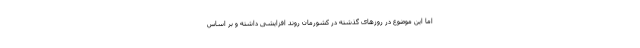
اما این موضوع در روزهای گذشته در کشورمان روند افزایشی داشته و بر اساس